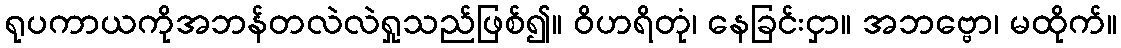
ရုပကာယကိုအဘန်တလဲလဲရှုသည်ဖြစ်၍။ ဝိဟရိတုံ၊ နေခြင်းငှာ။ အဘဗ္ဗော၊ မထိုက်။